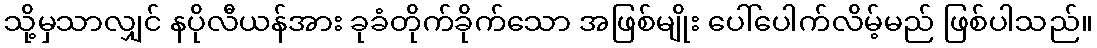
သို့မှသာလျှင် နပိုလီယန်အား ခုခံတိုက်ခိုက်သော အဖြစ်မျိုး ပေါ်ပေါက်လိမ့်မည် ဖြစ်ပါသည်။